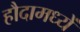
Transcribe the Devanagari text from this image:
हौदामध्यें